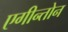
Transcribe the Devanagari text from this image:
एगीन्तोन